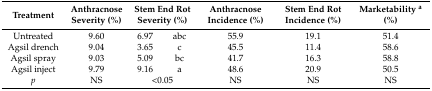
| Treatment | Anthracnose Severity (%) | <COLSPAN=2> Stem End Rot Severity (%) | Anthracnose Incidence (%) | Stem End Rot Incidence (%) | Marketability a (%) |
 | --- | --- | --- | --- | --- | --- | --- |
 | Untreated | 9.60 | 6.97 | abc | 55.9 | 19.1 | 51.4 |
 | Agsil drench | 9.04 | 3.65 | c | 45.5 | 11.4 | 58.6 |
 | Agsil spray | 9.03 | 5.09 | bc | 41.7 | 16.3 | 58.8 |
 | Agsil inject | 9.79 | 9.16 | a | 48.6 | 20.9 | 50.5 |
 | p | NS | <COLSPAN=2> <0.05 | NS | NS | NS |